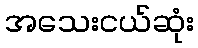
အသေးငယ်ဆုံး